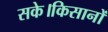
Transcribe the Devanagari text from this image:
सके।किसानों